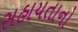
સહાયતાનો